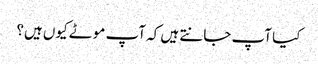
کیا آپ جانتے ہیں کہ آپ موٹے کیوں ہیں؟